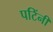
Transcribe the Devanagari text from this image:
पटिंनी